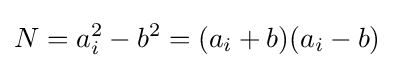
N=a_{i}^{2}-b^{2}=(a_{i}+b)(a_{i}-b)